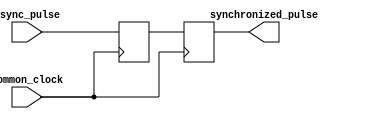
module pulse_synchronizer (
    input wire async_pulse,
    input wire common_clock,
    output reg synchronized_pulse
);

reg last_async_pulse;

always @(posedge common_clock) begin
    last_async_pulse <= async_pulse;
end

always @ (posedge common_clock) begin
    synchronized_pulse <= last_async_pulse;
end

endmodule